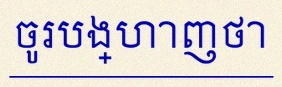
ចូរបង្ហាញថា